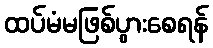
ထပ်မံမဖြစ်ပွားစေရန်